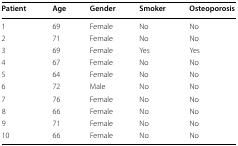
<table><thead><tr><td><b>Patient</b></td><td><b>Age</b></td><td><b>Gender</b></td><td><b>Smoker</b></td><td><b>Osteoporosis</b></td></tr></thead><tbody><tr><td>1</td><td>69</td><td>Female</td><td>No</td><td>No</td></tr><tr><td>2</td><td>71</td><td>Female</td><td>No</td><td>No</td></tr><tr><td>3</td><td>69</td><td>Female</td><td>Yes</td><td>Yes</td></tr><tr><td>4</td><td>67</td><td>Female</td><td>No</td><td>No</td></tr><tr><td>5</td><td>64</td><td>Female</td><td>No</td><td>No</td></tr><tr><td>6</td><td>72</td><td>Male</td><td>No</td><td>No</td></tr><tr><td>7</td><td>76</td><td>Female</td><td>No</td><td>No</td></tr><tr><td>8</td><td>66</td><td>Female</td><td>No</td><td>No</td></tr><tr><td>9</td><td>71</td><td>Female</td><td>No</td><td>No</td></tr><tr><td>10</td><td>66</td><td>Female</td><td>No</td><td>No</td></tr></tbody></table>